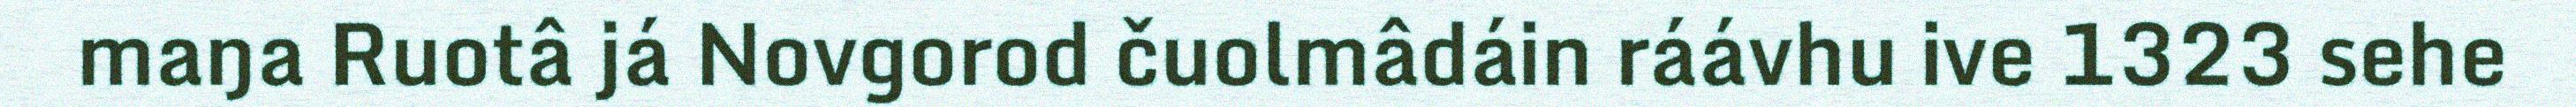
maŋa Ruotâ já Novgorod čuolmâdáin ráávhu ive 1323 sehe